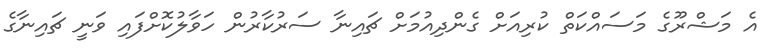
އެ މަޝްރޫގެ މަސައްކަތް ކުރިއަށް ގެންދިއުމަށް ޗައިނާ ސަރުކާރުން ހަވާލުކޮށްފައި ވަނީ ޗައިނާގެ